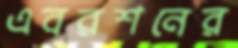
এবরশনের